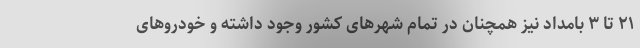
۲۱ تا ۳ بامداد نیز همچنان در تمام شهرهای کشور وجود داشته و خودروهای